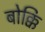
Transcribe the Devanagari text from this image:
बोक्कि